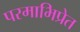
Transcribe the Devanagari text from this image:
परमाभिप्रेत